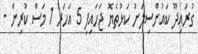
ގުރައިދޫ ކައުންސިލަށް ކަޅުތެޔޮ ޖަހައިފި 5 އަހަރު 1 މަސް ކުރިން -